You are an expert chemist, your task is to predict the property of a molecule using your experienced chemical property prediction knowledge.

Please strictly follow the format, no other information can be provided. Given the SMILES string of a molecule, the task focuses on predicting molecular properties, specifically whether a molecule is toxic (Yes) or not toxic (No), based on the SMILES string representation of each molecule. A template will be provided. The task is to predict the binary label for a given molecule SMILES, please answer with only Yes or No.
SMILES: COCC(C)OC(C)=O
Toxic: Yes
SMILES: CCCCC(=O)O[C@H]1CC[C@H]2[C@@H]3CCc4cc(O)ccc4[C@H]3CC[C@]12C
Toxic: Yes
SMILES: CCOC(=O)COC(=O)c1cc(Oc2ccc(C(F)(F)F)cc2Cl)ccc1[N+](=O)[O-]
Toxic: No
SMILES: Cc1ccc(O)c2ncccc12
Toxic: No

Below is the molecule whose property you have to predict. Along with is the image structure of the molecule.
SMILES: Nc1ncnc2[nH]cnc12
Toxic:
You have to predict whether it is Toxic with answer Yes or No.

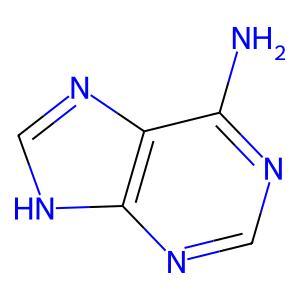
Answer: No